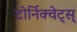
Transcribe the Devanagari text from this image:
टोर्निक्वेट्स्